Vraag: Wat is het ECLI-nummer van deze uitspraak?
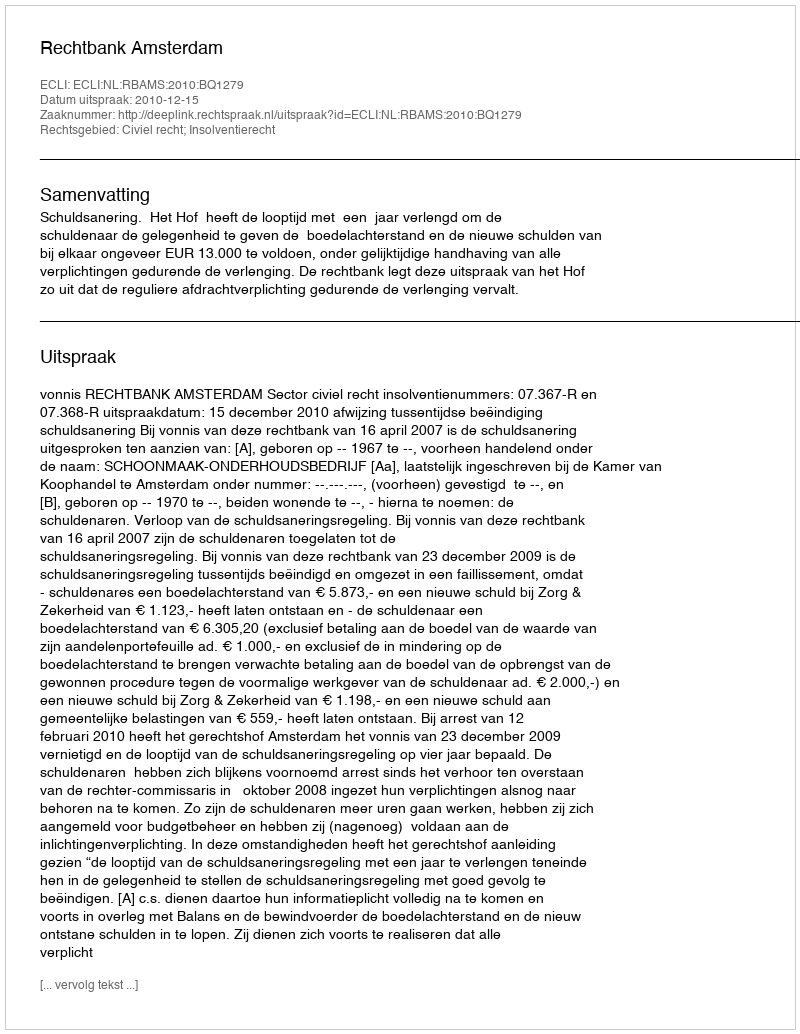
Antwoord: ECLI:NL:RBAMS:2010:BQ1279